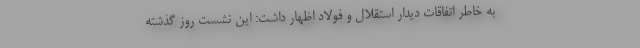
به خاطر اتفاقات دیدار استقلال و فولاد اظهار داشت: این نشست روز گذشته